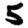
Digit: 5